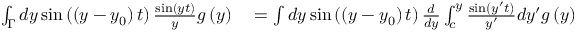
\begin{array} { r l } { \int _ { \Gamma } d y \sin \left( \left( y - y _ { 0 } \right) t \right) \frac { \sin \left( y t \right) } { y } g \left( y \right) } & { { } = \int d y \sin \left( \left( y - y _ { 0 } \right) t \right) \frac { d } { d y } \int _ { c } ^ { y } \frac { \sin \left( y ^ { \prime } t \right) } { y ^ { \prime } } d y ^ { \prime } g \left( y \right) } \end{array}